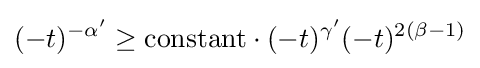
(-t)^{-\alpha '}\geq \mathrm {constant} \cdot (-t)^{\gamma '}(-t)^{2(\beta -1)}